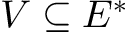
V \subseteq E ^ { * }